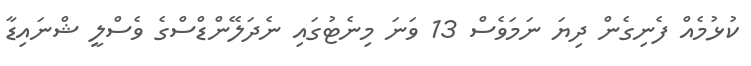
ކުޅުމެއް ފެނިގެން ދިޔަ ނަމަވެސް 13 ވަނަ މިނެޓުގައި ނެދަލޭންޑްސްގެ ވެސްލީ ޝްނައިޑާ